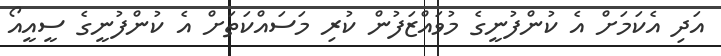
އަދި އެކަމަށް އެ ކުންފުނީގެ މުވައްޒަފުން ކުރި މަސައްކަތަށް އެ ކުންފުނީގެ ސީއީއޯ